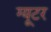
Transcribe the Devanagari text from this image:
ग्यूटर